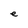
Character: e